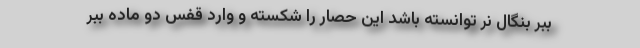
ببر بنگال نر توانسته باشد این حصار را شکسته و وارد قفس دو ماده ببر